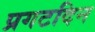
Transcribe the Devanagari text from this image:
प्रगटदिन